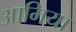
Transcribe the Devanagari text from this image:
आमिया